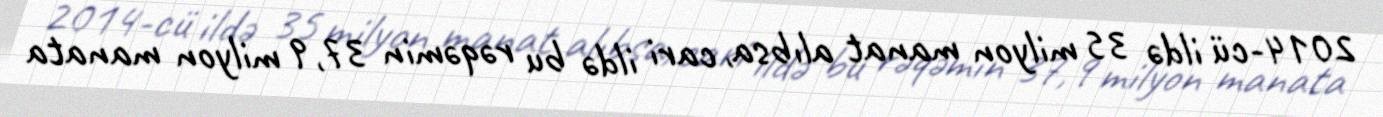
2014-cü ildə 35 milyon manat alıbsa, cari ildə bu rəqəmin 37,9 milyon manata